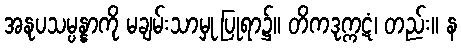
အနုပသမ္ပန္နာကို မချမ်းသာမှု ပြုရာ၌။ တိကဒုက္ကဋံ၊ တည်း။ န